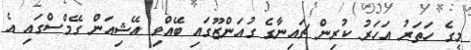
މީގެ ހަތަރު އަހަރު ކުރިން ޗައިނާގެ ގުއަންޒޫގައި ބޭއްވި އޭޝިއަން ގޭމްސްގައި އެ